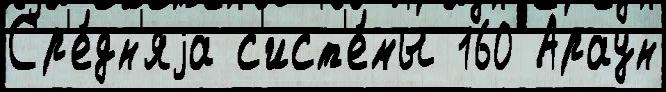
Ср'е́дн'яjа с'ист'е́мы 160 Араун